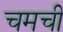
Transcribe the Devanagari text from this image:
चमची